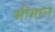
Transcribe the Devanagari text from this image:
भीमाल